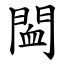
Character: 䦗